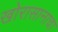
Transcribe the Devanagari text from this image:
खोरासानाचा